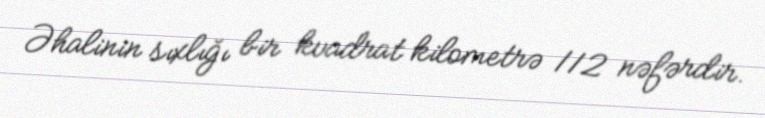
Əhalinin sıxlığı bir kvadrat kilometrə 112 nəfərdir.